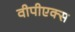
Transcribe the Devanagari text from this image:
वीपीएक्स